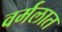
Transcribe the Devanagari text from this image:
वर्मलात